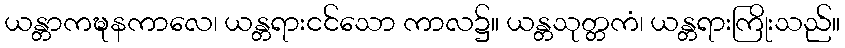
ယန္တာကဍ္ဎနကာလေ၊ ယန္တရားငင်သော ကာလ၌။ ယန္တသုတ္တကံ၊ ယန္တရားကြိုးသည်။